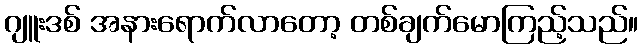
ဂျူးဒစ် အနားရောက်လာတော့ တစ်ချက်မောကြည့်သည်။